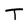
Character: T